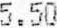
5.50